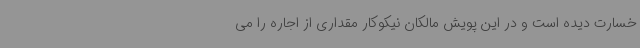
خسارت دیده است و در این پویش مالکان نیکوکار مقداری از اجاره را می